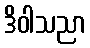
ဒိဝါသညာ